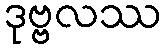
ဒုဗ္ဗလဿ